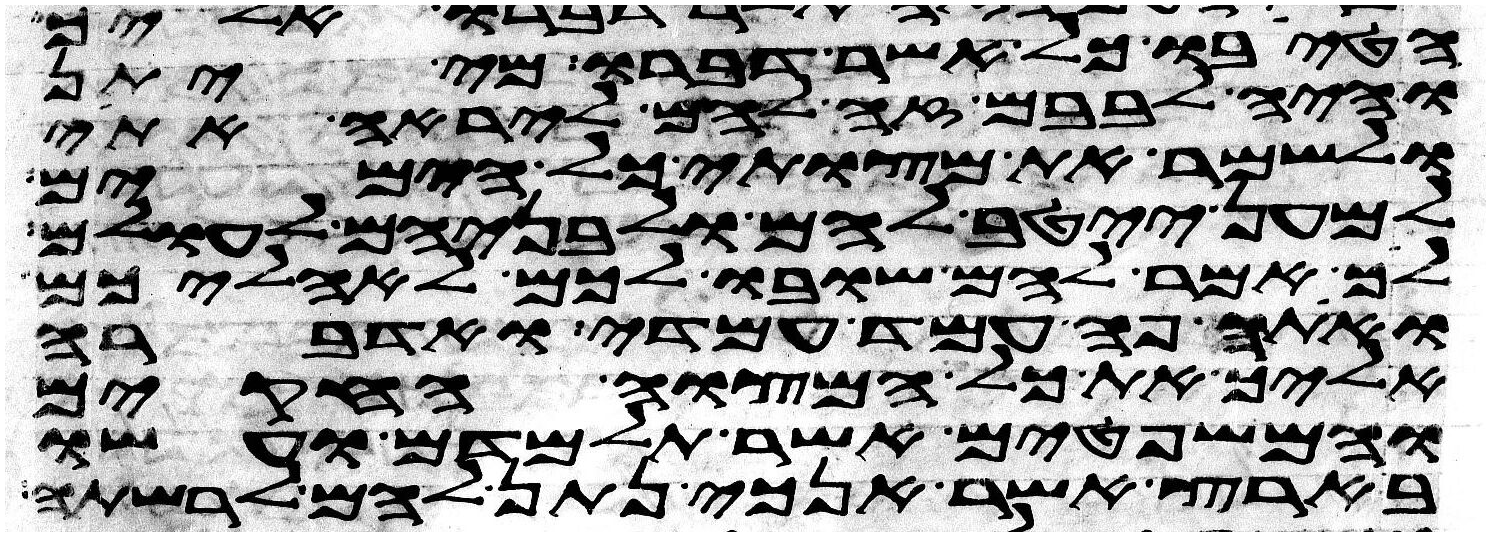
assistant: הטיבו כל אשר דברו מי יתן
והיה לבבם זה להם ליראה אתי
ולשמר את מצותי כל הימים
למען ייטב להם ולבניהם לעולם
לך אמר להם שובו לכם לאהליכם
ואתה פה עמד עמדי ואדברה
אליך את כל המצוה החקים
והמשפטים אשר תלמדם ועשו
בארץ אשר אנכי נתן להם לרשתה